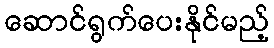
ဆောင်ရွက်ပေးနိုင်မည့်